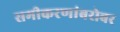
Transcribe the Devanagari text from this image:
समीकरणांबरोबर